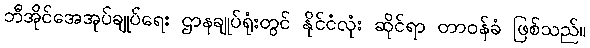
ဘီအိုင်အေအုပ်ချုပ်ရေး ဌာနချုပ်ရုံးတွင် နိုင်ငံလုံး ဆိုင်ရာ တာဝန်ခံ ဖြစ်သည်။